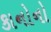
કાનોનો